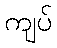
ကျပ်